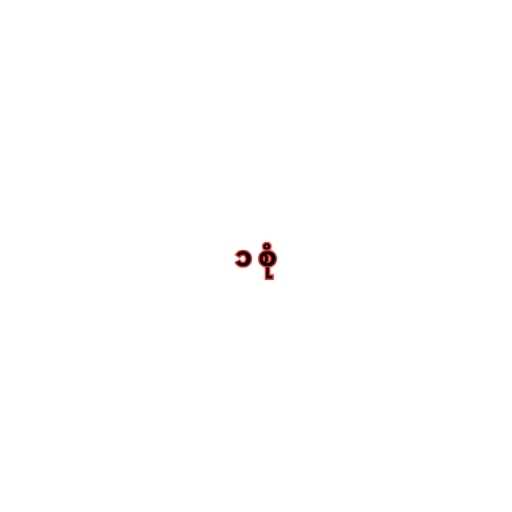
၁ စုံ